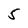
Character: 5